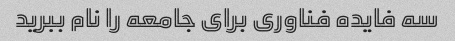
سه فایده فناوری برای جامعه را نام ببرید